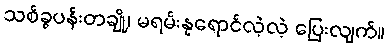
သစ်ခွပန်းတချို့၊ မရမ်းနုရောင်လဲ့လဲ့ ပြေးလျက်။